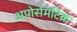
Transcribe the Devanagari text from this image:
अपोसेमटिक